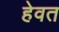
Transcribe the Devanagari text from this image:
हेवत